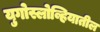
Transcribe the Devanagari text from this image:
युगोस्लोव्हियातील